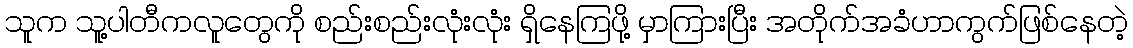
သူက သူ့ပါတီကလူတွေကို စည်းစည်းလုံးလုံး ရှိနေကြဖို့ မှာကြားပြီး အတိုက်အခံဟာကွက်ဖြစ်နေတဲ့